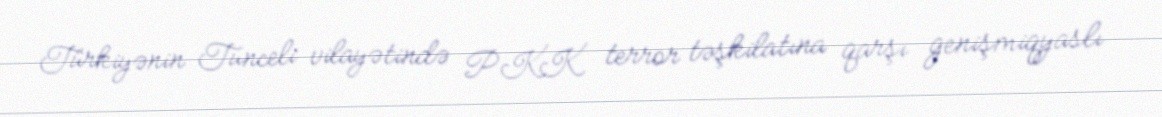
Türkiyənin Tunceli vilayətində PKK terror təşkilatına qarşı genişmiqyaslı